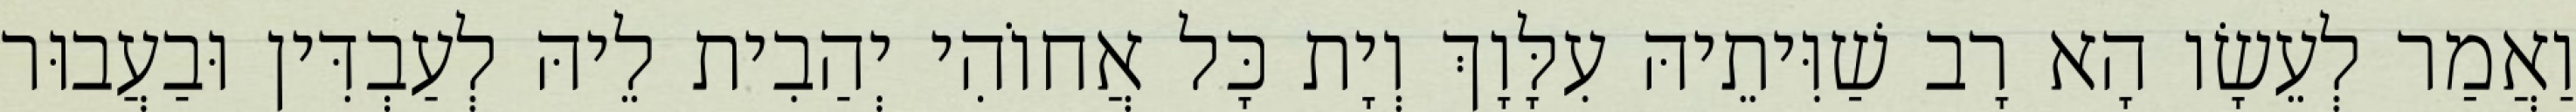
וַאֲמַר לְעֵשָׂו הָא רָב שַׁוִּיתֵיהּ עִלָּוָךְ וְיָת כָּל אֲחוֹהִי יְהַבִית לֵיהּ לְעַבְדִּין וּבַעֲבוּר